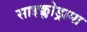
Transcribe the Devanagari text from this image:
साइक्लोड्रामा